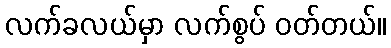
လက်ခလယ်မှာ လက်စွပ် ဝတ်တယ်။